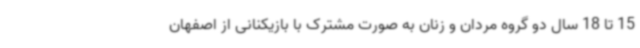
15 تا 18 سال دو گروه مردان و زنان به صورت مشترک با بازیکنانی از اصفهان